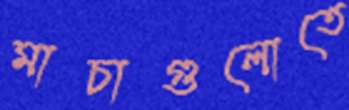
মাচাগুলোতে